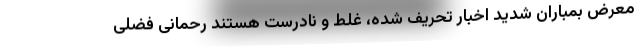
معرض بمباران شدید اخبار تحریف شده، غلط و نادرست هستند رحمانی فضلی